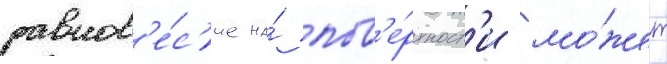
равнов'е́с'ие на́ пов'е́рхност'и мо́жет